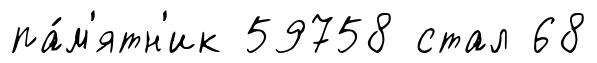
па́м'ятн'ик 59758 стал 68